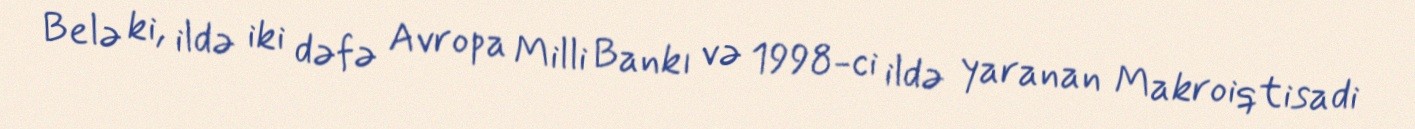
Belə ki, ildə iki dəfə Avropa Milli Bankı və 1998-ci ildə yaranan Makroiqtisadi